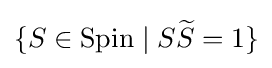
\{S\in \operatorname {Spin} \mid S{\widetilde {S}}=1\}